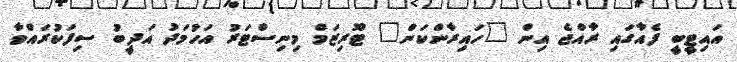
އައިޓީބީ ފެއާގައި ރާއްޖެ އިން "ހައިރާންކަން" ޓޫރިޒަމް މިނިސްޓަރު އަހުމަދު އަދީބު ސިފަކުރައްވާ